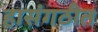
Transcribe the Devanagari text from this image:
हासंगठीत